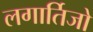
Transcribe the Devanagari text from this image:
लगार्तिजो